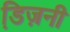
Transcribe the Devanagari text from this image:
डि़ज़नी